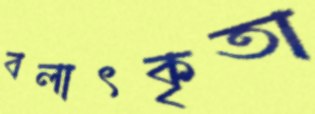
বলাৎকৃতা